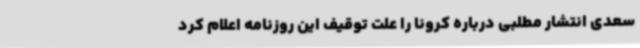
سعدی انتشار مطلبی درباره کرونا را علت توقیف این روزنامه اعلام کرد